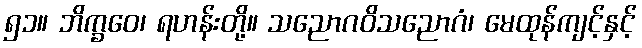
၅၁။ ဘိက္ခဝေ၊ ရဟန်းတို့။ သညောဂဝိသညောဂံ၊ မေထုန်ကျင့်နှင့်